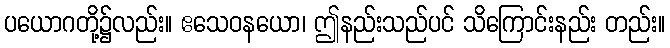
ပယောဂတို့၌လည်း။ ဧသေဝနယော၊ ဤနည်းသည်ပင် သိကြောင်းနည်း တည်း။